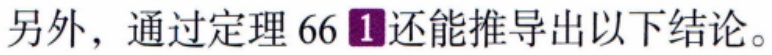
另外，通过定理 66\textcircled{1}还能推导出以下结论。